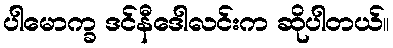
ပါမောက္ခ ဒင်နီဒေါလင်းက ဆိုပါတယ်။